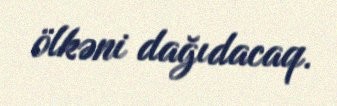
ölkəni dağıdacaq.